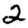
Digit: 2